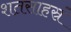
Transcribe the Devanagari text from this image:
शतसाहस्रं